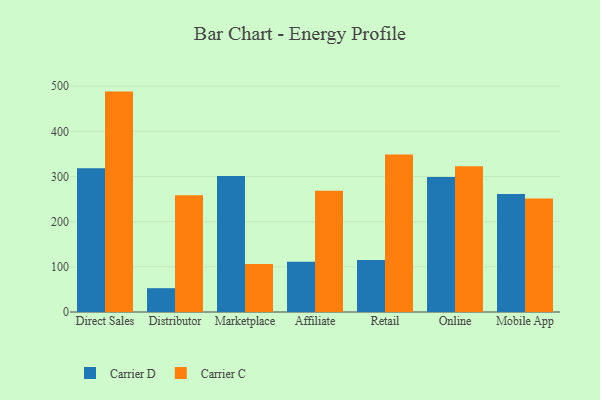
{"axis": {"x": "Channel", "y": "Population (Million)"}, "legend": ["Carrier C", "Carrier D"], "data": [{"x": "Direct Sales", "y": 318.3, "type": "Carrier D"}, {"x": "Direct Sales", "y": 487.9, "type": "Carrier C"}, {"x": "Distributor", "y": 52.7, "type": "Carrier D"}, {"x": "Distributor", "y": 258.2, "type": "Carrier C"}, {"x": "Marketplace", "y": 301.3, "type": "Carrier D"}, {"x": "Marketplace", "y": 106.3, "type": "Carrier C"}, {"x": "Affiliate", "y": 111.2, "type": "Carrier D"}, {"x": "Affiliate", "y": 268.4, "type": "Carrier C"}, {"x": "Retail", "y": 114.9, "type": "Carrier D"}, {"x": "Retail", "y": 348.4, "type": "Carrier C"}, {"x": "Online", "y": 299.1, "type": "Carrier D"}, {"x": "Online", "y": 322.6, "type": "Carrier C"}, {"x": "Mobile App", "y": 261.4, "type": "Carrier D"}, {"x": "Mobile App", "y": 251.3, "type": "Carrier C"}]}